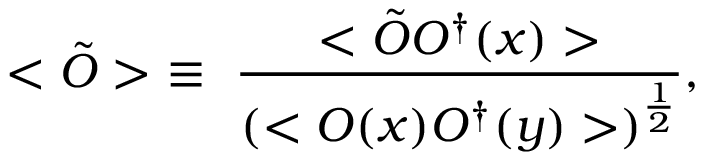
< \tilde { \cal O } > ~ \equiv ~ \frac { < \tilde { \cal O } { \cal O } ^ { \dag } ( x ) > } { ( < { \cal O } ( x ) { \cal O } ^ { \dag } ( y ) > ) ^ { \frac { 1 } { 2 } } } ,